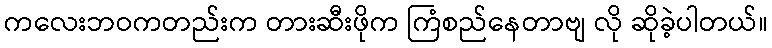
ကလေးဘဝကတည်းက တားဆီးဖိုက ကြံစည်နေတာဗျ လို ဆိုခဲ့ပါတယ်။